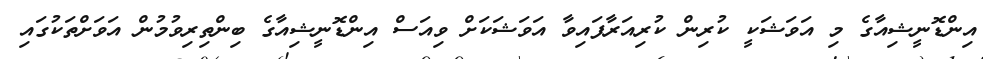
އިންޑޮނީޝިއާގެ މި އަވަޝަކީ ކުރިން ކުރިއަރާފައިވާ އަވަޝަކަށް ވިއަސް އިންޑޮނީޝިއާގެ ބިންތިރިވުމުން އަވަށްތަކުގައި